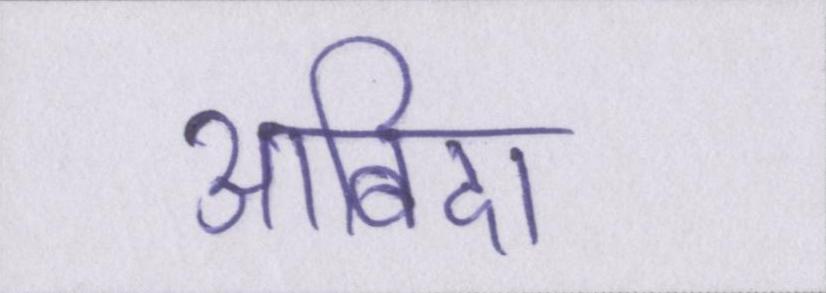
आबिदा